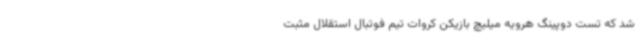
شد که تست دوپینگ هرویه میلیچ بازیکن کروات تیم فوتبال استقلال مثبت